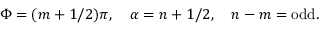
\Phi = ( m + 1 / 2 ) \pi , \, \, \, \, \, \, \alpha = n + 1 / 2 , \, \, \, \, \, \, n - m = \mathrm { o d d } .